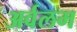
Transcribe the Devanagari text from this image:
अर्वलम